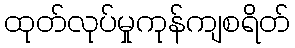
ထုတ်လုပ်မှုကုန်ကျစရိတ်